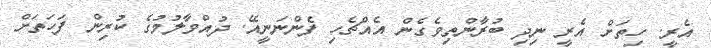
އެރީ. ހިތަށް އެރީ ނިދި ބުރާންތިވެގެން އެއްޗެހި ފެންނަނީއޭ. ދުއްވާލުމުގެ ކުރިން ފަހަތަށް